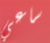
ساعي